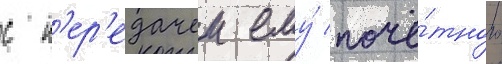
с п'ер'едачеи ему́ почё́тного